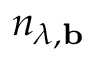
n _ { \lambda , \mathbf { b } }